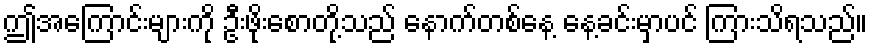
ဤအကြောင်းများကို ဦးဖိုးစောတို့သည် နောက်တစ်နေ့ နေ့ခင်းမှာပင် ကြားသိရသည်။